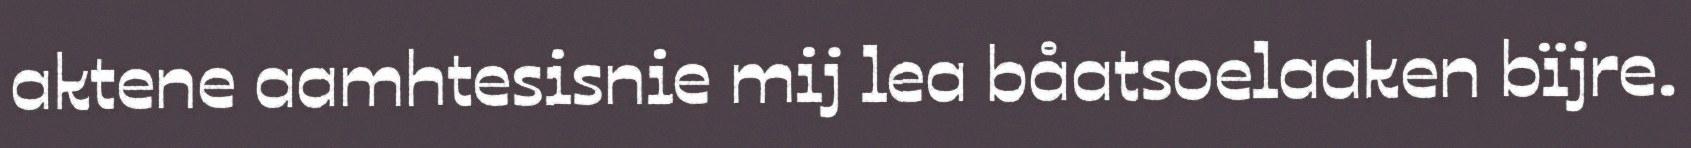
aktene aamhtesisnie mij lea båatsoelaaken bïjre.